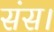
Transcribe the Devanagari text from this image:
संस।